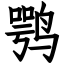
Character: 鹗